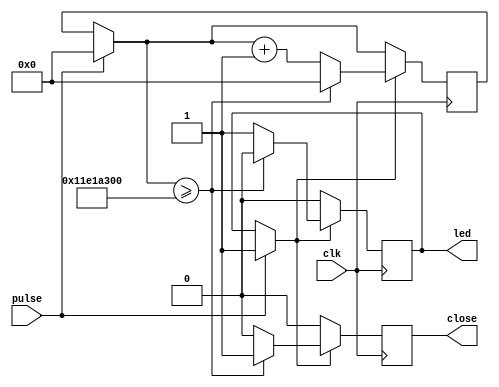
`timescale 1ns / 1ps


module door_led_mgmt(
    input clk,
    input pulse,
    output reg led,
    output reg close
    );
    
    reg [28:0] counter;
    
    parameter max_count = 300000000;
    
    always @ (posedge clk)
    begin
        close = 0;
        if (pulse)
        begin
            led = 1;
            counter = 0;
        end
        if (led)
        begin
            if (counter >= max_count)
            begin
                counter = 0;
                led = 0;
                close = 1;
            end
            else
            begin
                counter = counter + 1;
            end
        end
    end
    
    
endmodule